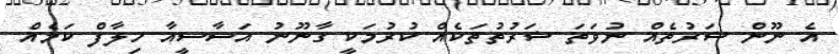
އެ ނޫން ޝަރުތެއް ނުވަތަ ޝަރުތުތަކެއް ކުރުމަކީ ގާނޫނު އަސާސީއާ ހިލާފް ކަމެއް